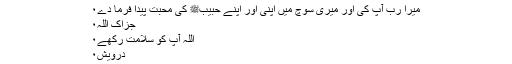
میرا رَبّ آپ کی اور میری سوچ میں اپنی اور اپنے حبیبﷺ کی محبت پیدا فرما دے٠
جزاک اللہ٠
اللہ آپ کو سلامت رکھے٠
درویش٠